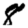
Digit: 8